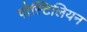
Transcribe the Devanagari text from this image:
पोस्टिलियन